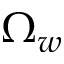
\Omega _ { w }